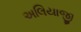
અલિયાજી